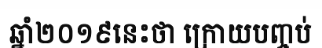
ឆ្នាំ២០១៩នេះថា ក្រោយបញ្ចប់